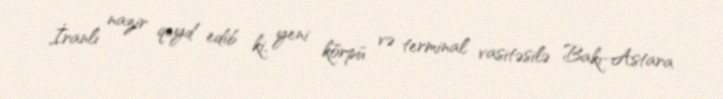
İranlı nazir qeyd edib ki, yeni körpü və terminal vasitəsilə Bakı-Astara